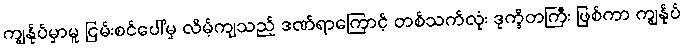
ကျွန်ုပ်မှာမူ ငြမ်းစင်ပေါ်မှ လိမ့်ကျသည့် ဒဏ်ရာကြောင့် တစ်သက်လုံး ဒုက္ခိတကြီး ဖြစ်ကာ ကျွန်ုပ်